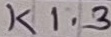
Text: K1.3